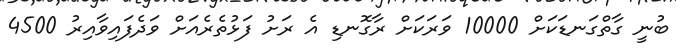
ބުނީ ގާތްގަނޑަކަށް 10000 ވަރަކަށް ރާގޮނޑި އެ ރަށު ފަޅުތެރެއަށް ވަދެފައިވާއިރު 4500